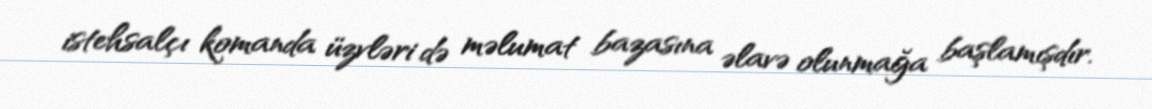
istehsalçı komanda üzvləri də məlumat bazasına əlavə olunmağa başlamışdır.